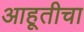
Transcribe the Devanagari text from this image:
आहूतीचा